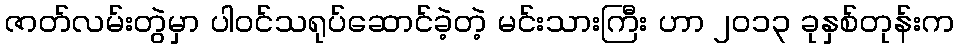
ဇာတ်လမ်းတွဲမှာ ပါဝင်သရုပ်ဆောင်ခဲ့တဲ့ မင်းသားကြီး ဟာ ၂၀၁၃ ခုနှစ်တုန်းက